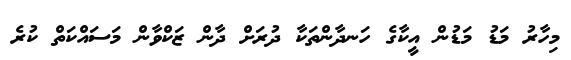
މިހާރު މަޑު މަޑުން އީކާގެ ހަނދާންތަކާ ދުރަށް ދާން ޒަކްވާން މަސައްކަތް ކުރެ